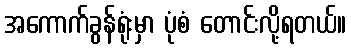
အကောက်ခွန်ရုံးမှာ ပုံစံ တောင်းလို့ရတယ်။